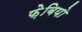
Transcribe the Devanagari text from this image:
फ़ेबियो